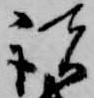
諸